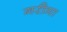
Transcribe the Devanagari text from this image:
गरीमा